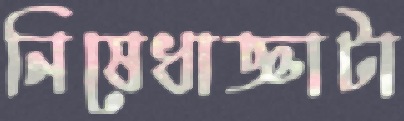
নিষেধাজ্ঞাটা